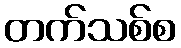
တက်သစ်စ